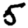
Digit: 5